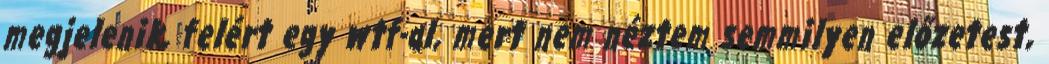
megjelenik, felért egy wtf-al, mert nem néztem semmilyen előzetest,